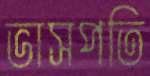
ভাসপতি